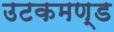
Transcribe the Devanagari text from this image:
उटकमण्ड